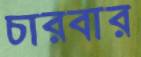
চারবার